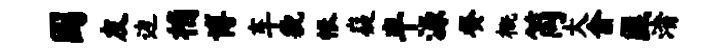
国友边桷博车貌帐嶷半源癸概筒大俞匪渚